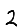
Digit: 2